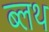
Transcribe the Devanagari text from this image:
ब्लथ